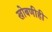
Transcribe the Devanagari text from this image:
खोबणीही